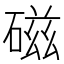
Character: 磁